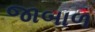
જાબાળ